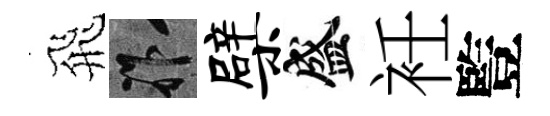
飛祚檗盛衽䜿